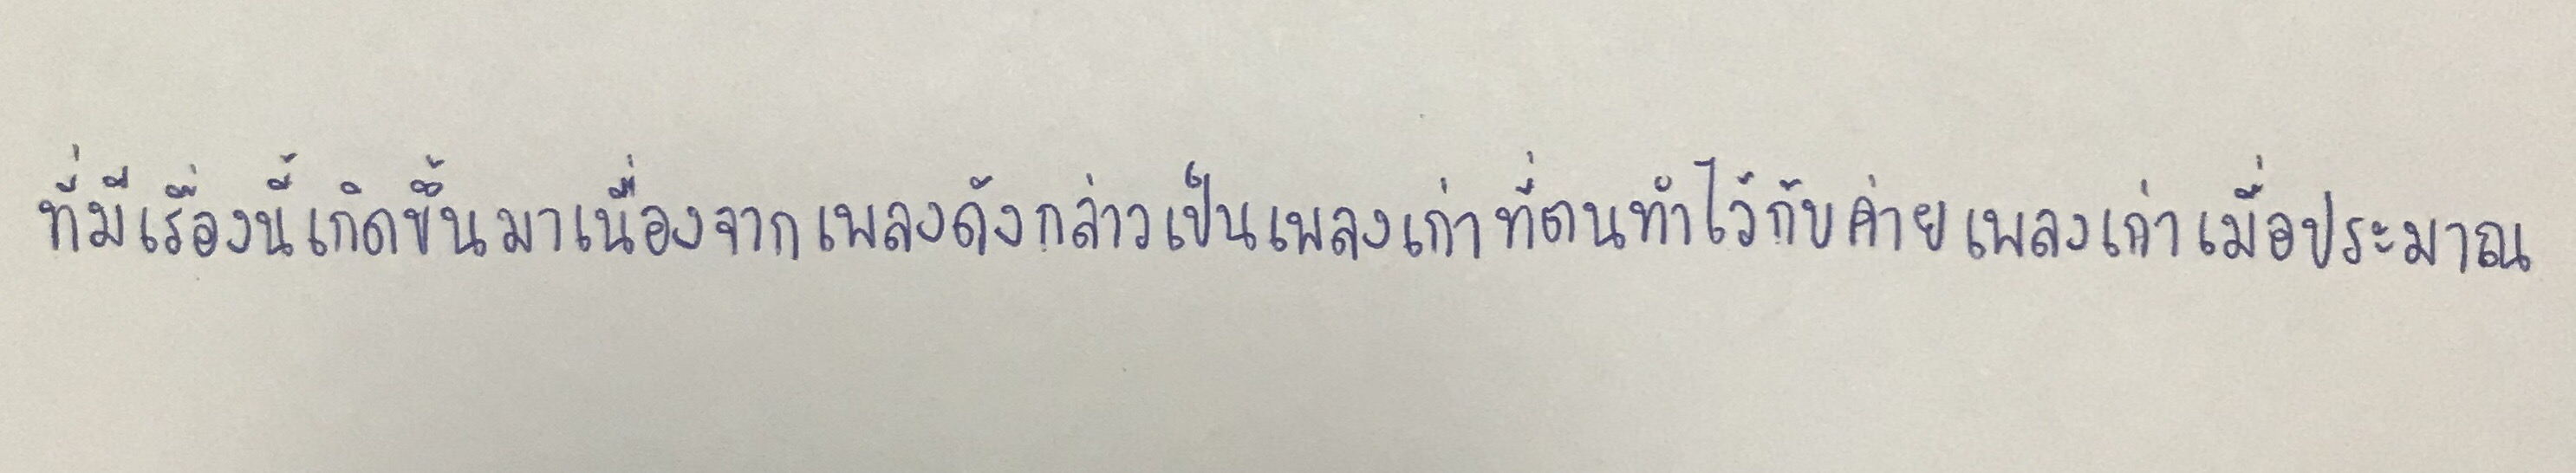
ที่มีเรื่องนี้เกิดขึ้นมาเนื่องจากเพลงดังกล่าวเป็นเพลงเก่าที่ตนทำไว้กับค่ายเพลงเก่าเมื่อประมาณ